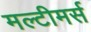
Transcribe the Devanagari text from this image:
मल्टीमर्स